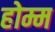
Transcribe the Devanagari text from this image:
होम्म